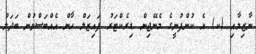
ނާޒިމާއި (ކ) އެ ކުންފުނީގެ މެނޭޖިން ޑިރެކްޓަރު ފައިޒަލް ހާން އެއްބަސްވުން ބަދަލު